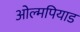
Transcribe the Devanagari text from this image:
ओल्मपियाड